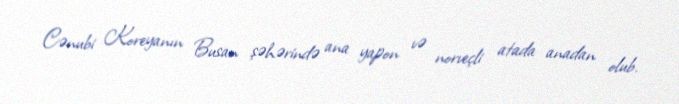
Cənubi Koreyanın Busan şəhərində ana yapon və norveçli atada anadan olub.